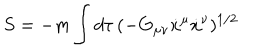
S = - m \int d \tau \, ( - G _ { \mu \nu } \dot { x } ^ { \mu } \dot { x } ^ { \nu } ) ^ { 1 / 2 }